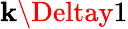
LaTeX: \mathbf{k}\Deltay1